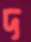
দ